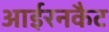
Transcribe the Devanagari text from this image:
आईरनकैट